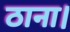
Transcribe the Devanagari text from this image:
ठाना।